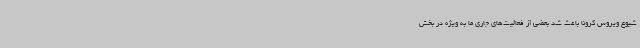
شیوع ویروس کرونا باعث شد بعضی از فعالیت‌های جاری ما به ویژه در بخش